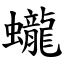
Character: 蠬